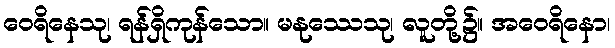
ဝေရိနေသု၊ ရန်ရှိကုန်သော။ မနုဿေသု၊ လူတို့၌။ အဝေရိနော၊